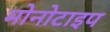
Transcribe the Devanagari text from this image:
मोनोटाइप